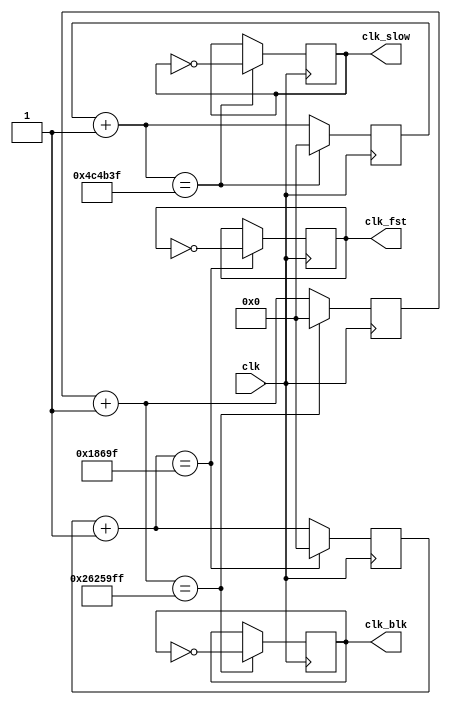
`timescale 1ns / 1ps
//////////////////////////////////////////////////////////////////////////////////
// Company: 
// Engineer: 
// 
// Design Name: 
// Module Name:    clock 
// Project Name: 
// Target Devices: 
// Tool versions: 
// Description: 
//
// Dependencies: 
//
// Revision: 
// Revision 0.01 - File Created
// Additional Comments: 
//
//////////////////////////////////////////////////////////////////////////////////
module clock(

	//INPUTS
	clk,
	
	//OUTPUTS
	clk_fst,
	clk_blk,
	clk_slow
	
   );
	
	//INPUTS
	input clk;
	
	//OUTPUTS
	output reg clk_fst;
	output reg clk_blk;
	output reg clk_slow;
	
	//REGISTERS
	reg [25:0] counter_fst;
  	reg [25:0] counter_blk;
	reg [25:0] counter_slow;

	initial begin
		
		//OUTPUTS
		clk_fst = 0;
		clk_blk = 0;
		clk_slow = 0;
		
		//REGISTERS
		counter_fst = 0;
		counter_blk = 0;
		counter_slow = 0;
		
	end
	
	always @ (posedge clk) begin
	
		counter_fst = counter_fst + 1'b1;
      if (counter_fst == 100000-1) begin // 500Hz
			counter_fst = 0;
			clk_fst = ~clk_fst;
		end
		
		counter_slow = counter_slow + 1'b1;
		if (counter_slow == 5000000-1) begin
			counter_slow = 0;
			clk_slow = ~clk_slow;
		end
      	
      counter_blk = counter_blk + 1'b1;
      if (counter_blk == 40000000-1) begin // 4Hz
			counter_blk = 0;
			clk_blk = ~clk_blk;
		end
	
	end

endmodule